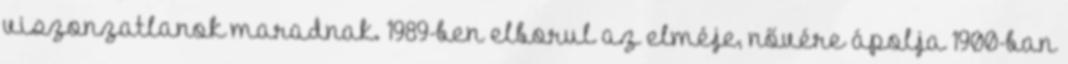
viszonzatlanok maradnak. 1989-ben elborul az elméje, nővére ápolja 1900-ban